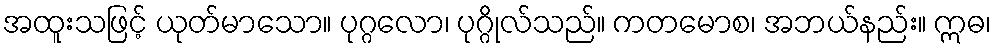
အထူးသဖြင့် ယုတ်မာသော။ ပုဂ္ဂလော၊ ပုဂ္ဂိုလ်သည်။ ကတမောစ၊ အဘယ်နည်း။ ဣဓ၊